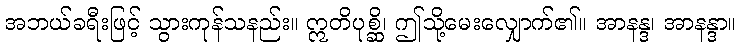
အဘယ်ခရီးဖြင့် သွားကုန်သနည်း။ ဣတိပုစ္ဆိ၊ ဤသို့မေးလျှောက်၏။ အာနန္ဒ၊ အာနန္ဒာ။